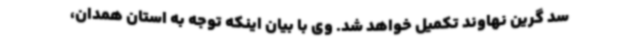
سد گرین نهاوند تکمیل خواهد شد. وی با بیان اینکه توجه به استان همدان،